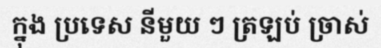
ក្នុង ប្រទេស នីមួយ ៗ ត្រឡប់ ច្រាស់